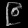
Digit: ၉